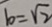
b = \sqrt { 2 }